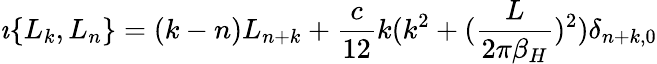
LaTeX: \imath\{ L_{k},L_{n}\} =(k-n)L_{n+k}+{\frac{c}{12}}k(k^{2}+({\frac{L}{2\pi\beta_{H}}})^{2})\delta_{n+k,0}